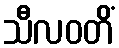
သီလဝတိံ